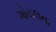
ગોયલના